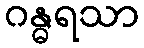
ဂန္ဓရသာ